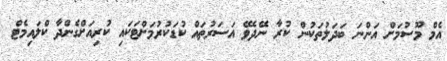
އެމް މޫސުމަށް އަންނަ ބަދަލުތަކުން ކުރާ ނޭދެވޭ އަސަރުތައް ކުޑަކުރުމަށްޓަކައި ކުރިއަށްގެންދާ ކްލައިމެޓް